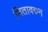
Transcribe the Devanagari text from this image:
शितावरुन